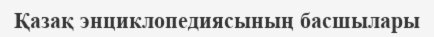
Қазақ энциклопедиясының басшылары